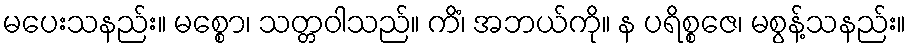
မပေးသနည်း။ မစ္စော၊ သတ္တဝါသည်။ ကိံ၊ အဘယ်ကို။ န ပရိစ္စဇေ၊ မစွန့်သနည်း။